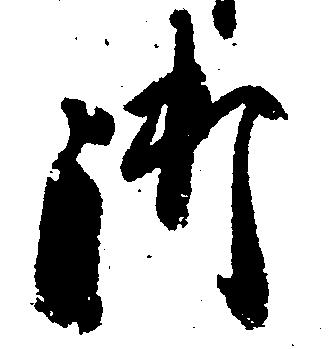
御